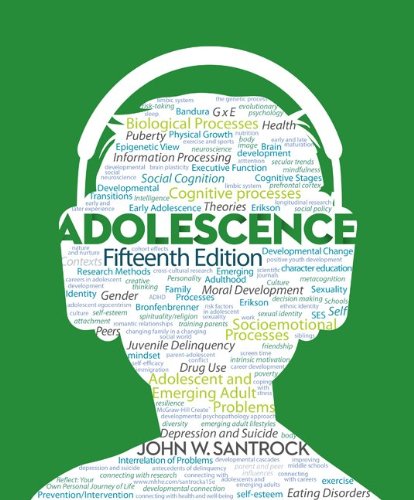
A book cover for Adolescence; John Santrock; Parenting & Relationships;